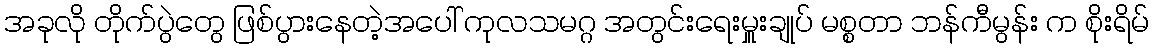
အခုလို တိုက်ပွဲတွေ ဖြစ်ပွားနေတဲ့အပေါ် ကုလသမဂ္ဂ အတွင်းရေးမှူးချုပ် မစ္စတာ ဘန်ကီမွန်း က စိုးရိမ်